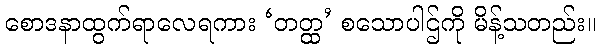
စောဒနာထွက်ရာလေရကား ‘တတ္ထ’ စသောပါဌ်ကို မိန့်သတည်း။